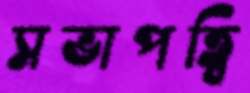
সভাপত্বি